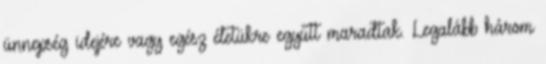
ünnepség idejére vagy egész életükre együtt maradtak. Legalább három